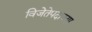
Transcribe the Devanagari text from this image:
विजेतेपदाच्या